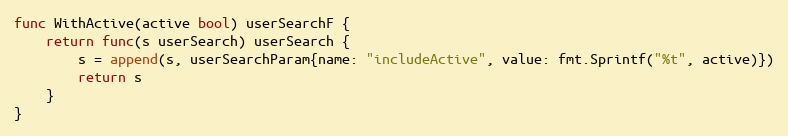
Language: Go
func WithActive(active bool) userSearchF {
	return func(s userSearch) userSearch {
		s = append(s, userSearchParam{name: "includeActive", value: fmt.Sprintf("%t", active)})
		return s
	}
}